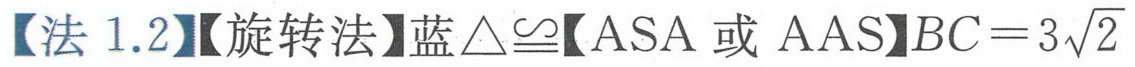
【法 1.2】【旋转法】蓝$\triangle\cong$【ASA 或 AAS】$BC = 3\sqrt{2}$